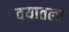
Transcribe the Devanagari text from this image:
वयातला